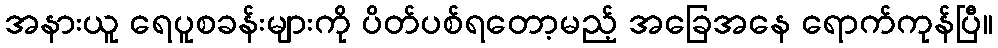
အနားယူ ရေပူစခန်းများကို ပိတ်ပစ်ရတော့မည့် အခြေအနေ ရောက်ကုန်ပြီ။